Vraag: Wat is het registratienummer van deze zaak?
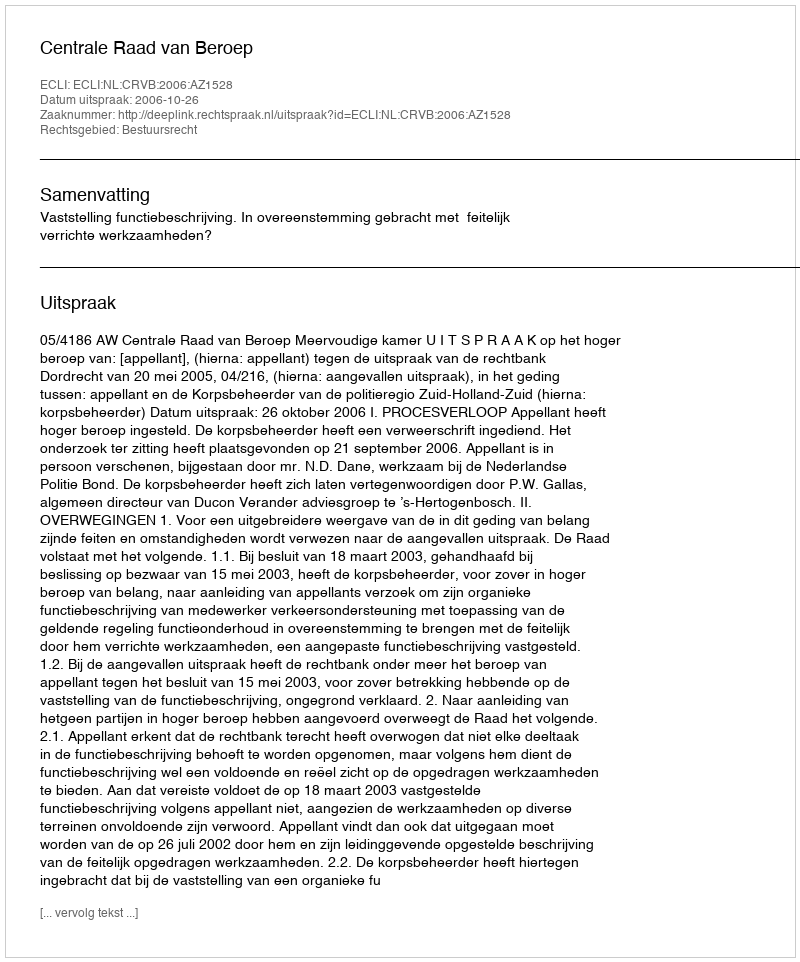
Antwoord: http://deeplink.rechtspraak.nl/uitspraak?id=ECLI:NL:CRVB:2006:AZ1528